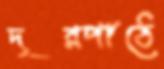
দূরপাঠে